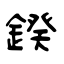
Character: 鍨